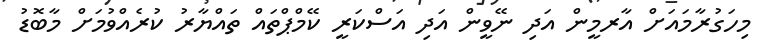
މިހަގުރާމައަށް އާރމީން އަދި ނޭވީން އަދި އަސްކަރީ ކޭމްޕްތައް ތައްޔާރު ކުރެއްވުމަށް މާބޮޑު